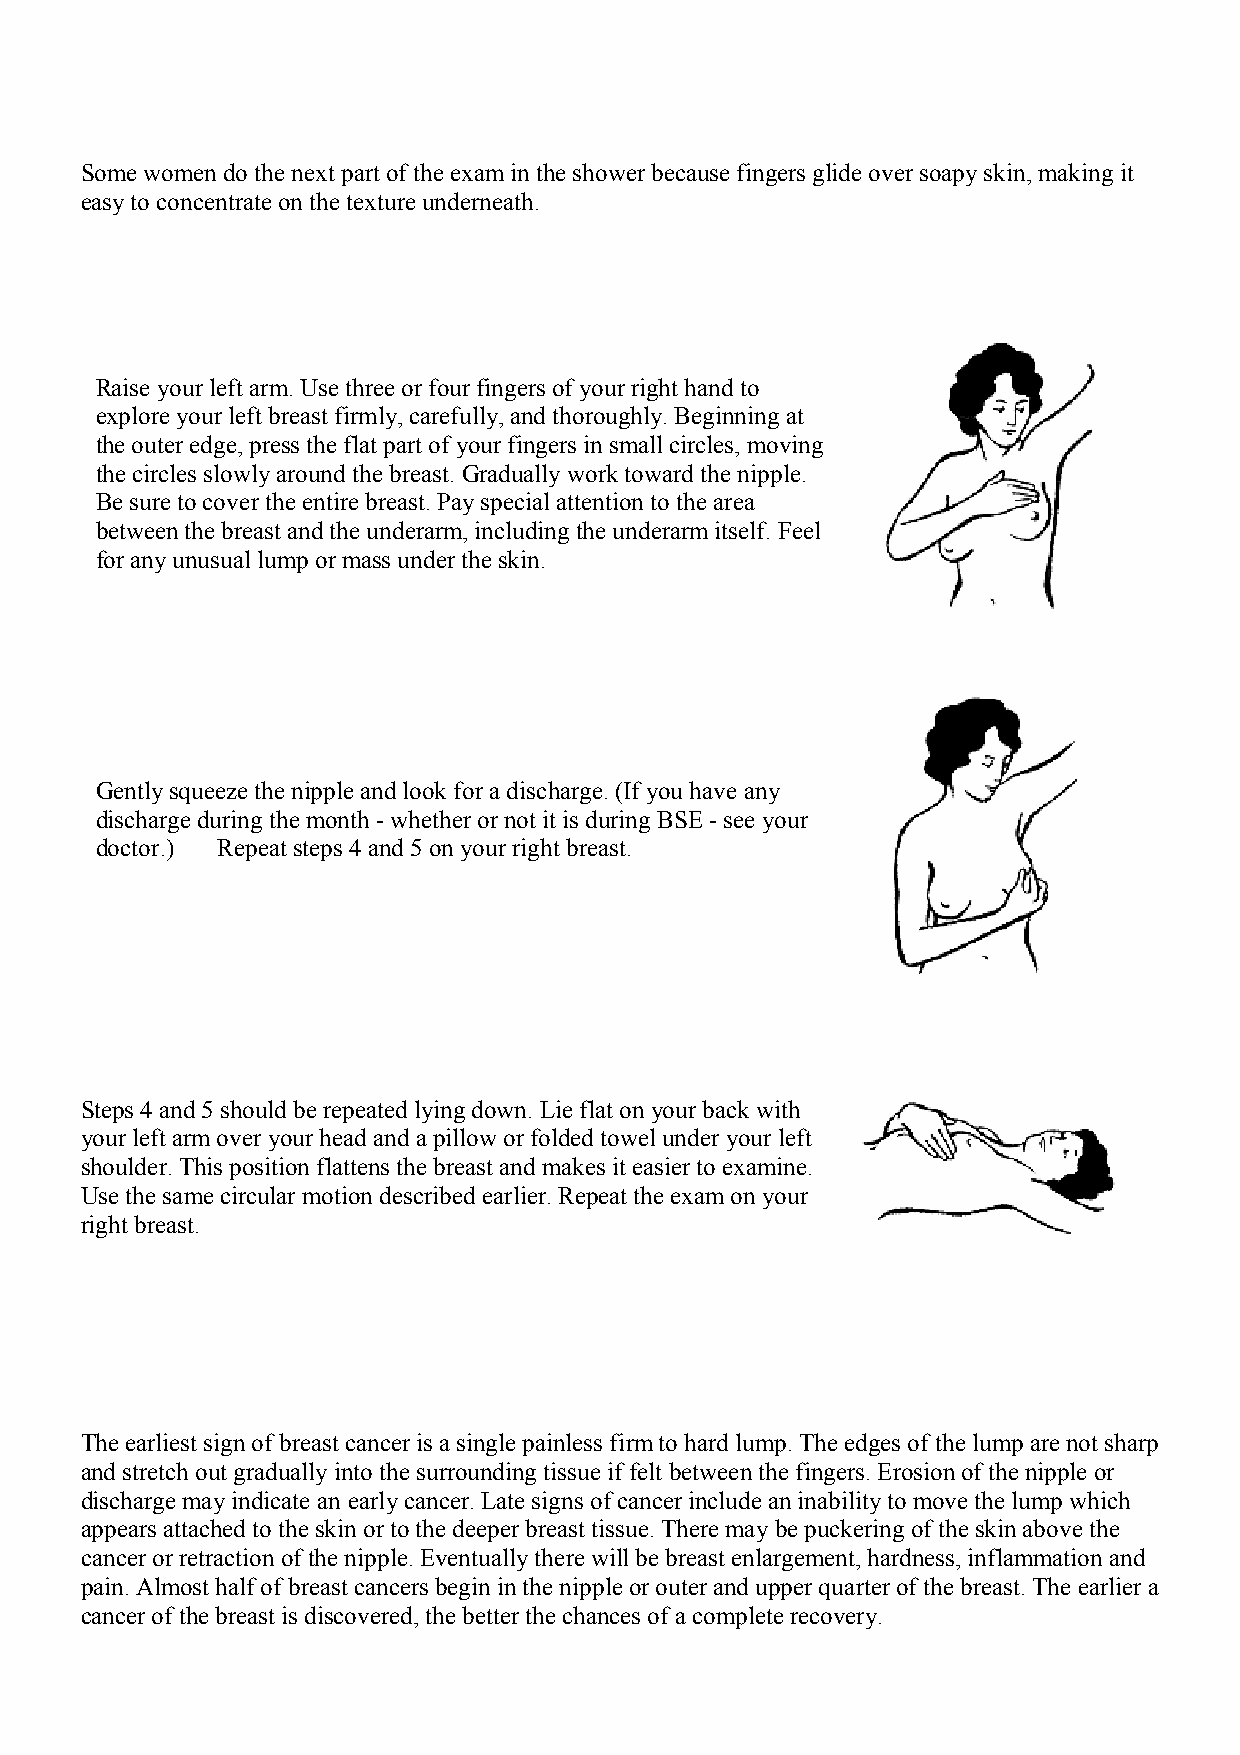
Some women do the next part of the exam in the shower because fingers glide over soapy skin, making it
 easy to concentrate on the texture underneath.
 Raise your left arm. Use three or four fingers of your right hand to
 explore your left breast firmly, carefully, and thoroughly. Beginning at
 the outer edge, press the flat part of your fingers in small circles, moving
 the circles slowly around the breast. Gradually work toward the nipple.
 Be sure to cover the entire breast. Pay special attention to the area
 between the breast and the underarm, including the underarm itself. Feel
 for any unusual lump or mass under the skin.
 Gently squeeze the nipple and look for a discharge. (If you have any
 discharge during the month - whether or not it is during BSE - see your
 doctor.) Repeat steps 4 and 5 on your right breast.
 Steps 4 and 5 should be repeated lying down. Lie flat on your back with
 your left arm over your head and a pillow or folded towel under your left
 shoulder. This position flattens the breast and makes it easier to examine.
 Use the same circular motion described earlier. Repeat the exam on your
 right breast.
 The earliest sign of breast cancer is a single painless firm to hard lump. The edges of the lump are not sharp
 and stretch out gradually into the surrounding tissue if felt between the fingers. Erosion of the nipple or
 discharge may indicate an early cancer. Late signs of cancer include an inability to move the lump which
 appears attached to the skin or to the deeper breast tissue. There may be puckering of the skin above the
 cancer or retraction of the nipple. Eventually there will be breast enlargement, hardness, inflammation and
 pain. Almost half of breast cancers begin in the nipple or outer and upper quarter of the breast. The earlier a
 cancer of the breast is discovered, the better the chances of a complete recovery.